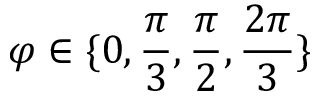
\varphi \in \{ 0 , \frac { \pi } { 3 } , \frac { \pi } { 2 } , \frac { 2 \pi } { 3 } \}